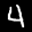
Label: 4